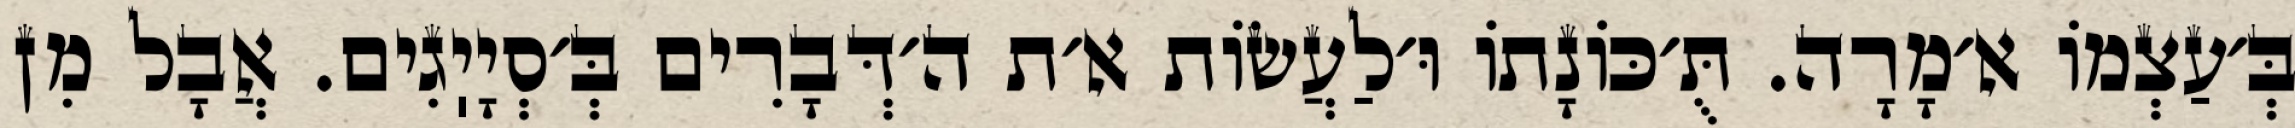
בְּ׳עַצְמוֹ א׳מָרָה. תֻּ׳כּוֹנָתוֹ וּ׳לַעֲשׂוֹת א׳ת ה׳דְּבָרִים בְּ׳סְיָיֽגִים. אֲבָל מִן